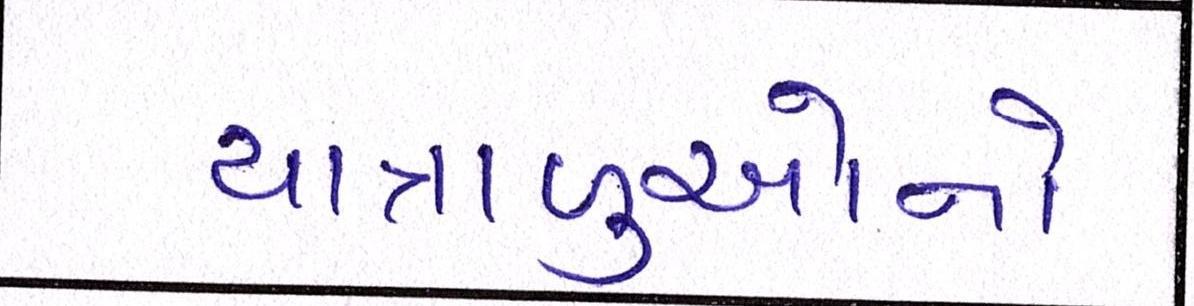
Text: યાત્રાળુઓનો